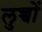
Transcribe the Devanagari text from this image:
लुच्चों